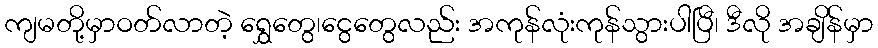
ကျမတို့မှာဝတ်လာတဲ့ ရွှေတွေ၊ငွေတွေလည်း အကုန်လုံးကုန်သွားပါပြီ၊ ဒီလို အချိန်မှာ